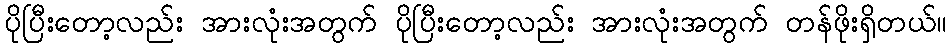
ပိုပြီးတော့လည်း အားလုံးအတွက် ပိုပြီးတော့လည်း အားလုံးအတွက် တန်ဖိုးရှိတယ်။